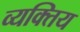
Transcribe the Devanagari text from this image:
व्यक्तिय